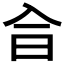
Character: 𠓤